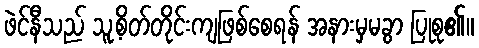
ဖဲင်နီသည် သူ့စိတ်တိုင်းကျဖြစ်စေရန် အနားမှမခွာ ပြုစု၏။